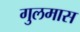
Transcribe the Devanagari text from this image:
गुलमास